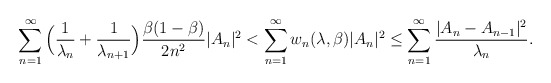
\begin{align*}\displaystyle\sum_{n=1}^{\infty}\Big(\frac{1}{\lambda_{n}}+\frac{1}{\lambda_{n+1}}\Big)\frac{\beta(1-\beta)}{2n^{2}}|A_{n}|^{2}& < \displaystyle\sum_{n=1}^{\infty}w_{n}(\lambda,\beta)|A_{n}|^{2} \leq \displaystyle\sum_{n=1}^{\infty}\frac{|A_{n}-A_{n-1}|^{2}}{\lambda_{n}}.\end{align*}